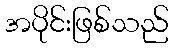
အပိုင်းဖြစ်သည်